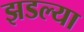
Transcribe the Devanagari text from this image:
झडल्या